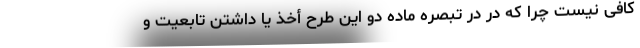
کافی نیست چرا که در در تبصره ماده دو این طرح أخذ یا داشتن تابعیت و